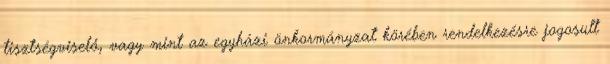
tisztségviselő, vagy mint az egyházi önkormányzat körében rendelkezésre jogosult